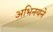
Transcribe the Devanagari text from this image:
अभिनयने